[Report on the health of British troops in the Madras command]
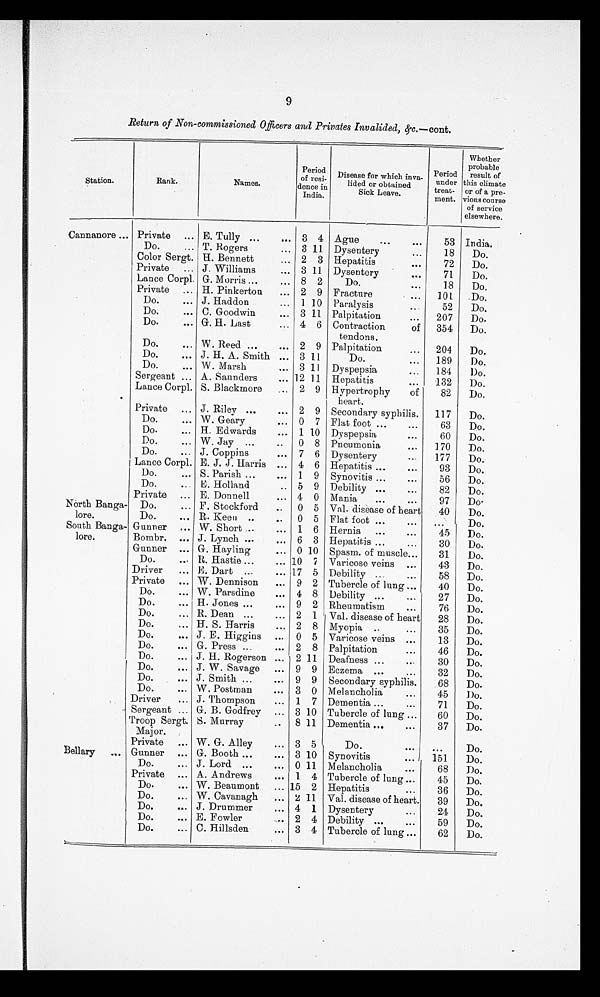
9
Return of Non-commissioned Officers and Privates Invalided, & c.—cont.
Station.
Rank.
Names.
Period
of resi-
dence in
India.
Disease for which inva-
lided or obtained
Sick Leave.
Period
under
treat-
ment.
Whether
probable
result of
this climate
or of a pre-
vious course
of service
elsewhere.
Cannanore ... Private
... E. Tully ...
... 3 4 Ague
. . .
. . .
53 India.
Do.
... T. Rogers
... 3 11
Dysentery
...
18
Do.
Color Sergt. H. Bennett
... 2 3 Hepatitis
. . .
72
Do.
Private
... J. Williams
. . . 3 11 Dysentery
. . .
71
Do.
Lance Corpl. G. Morris . . .
... 8 2
Do.
...
18
Do.
Private
... H. Pinkerton
... 2 9 Fracture
...
101
Do.
Do.
... J. Haddon
...
1 10
Paralysis
. . .
52
Do.
Do.
... C. Goodwin
. . . 3 11 Palpitation
...
207
Do.
Do.
... G. H. Last
... 4 6 Contraction
of
tendons.
354
Do.
Do.
... W. Reed ...
... 2 9 Palpitation
...
204
Do.
Do.
... J. H. A. Smith ... 3 11
Do.
...
189
Do.
Do.
... W. Marsh
...
3 11
Dyspepsia
...
184
Do.
Sergeant ... A. Saunders
... 12 11 Hepatitis
...
132
Do.
Lance Corpl. S. Blackmore
...
2 9 Hypertrophy
of
heart.
82
Do.
Private
... J. Riley ...
... 2 9 Secondary syphilis.
117
Do.
Do.
... W. Geary
...
0 7 Flat foot ...
...
63
Do.
Do.
... H. Edwards
...
1 10 Dyspepsia
. . .
60
Do.
Do.
... W. Jay
...
..
0 8 Pneumonia
...
170
Do.
Do.
... J. Coppins
...
7 6 Dysentery
...
177
Do.
Lance Corpl. E. J. J. Harris ... 4 6 Hepatitis ...
...
93
Do.
Do.
... S. Parish ...
...
1 9
Synovitis ...
. . .
56
Do.
Do.
... E. Holland
.. 5 9 Debility
. . .
...
82
Do.
Private
... E. Donnell
... 4 0 Mania
...
...
97
D o .
North Banga-
lore.
Do.
... F. Stockford
. . 0 5 Val. disease of heart
40
Do.
Do.
... R. Keen ..
..
0 5 Flat foot ...
. . .
. . .
Do.
South Banga-
lore.
Gunner
... W. Short . . .
...
1 6 Hernia
...
. . .
45
Do.
Bombr.
... J. Lynch ...
...
6 3 Hepatitis ...
...
30
Do.
Gunner
... G. Hayling
... 0 10 Spasm. of muscle . . .
31
Do.
Do.
. . . R. Hastie ...
... 10 7 Varicose veins
...
43
Do.
Driver
... E. Dart
...
... 17 5 Debility ...
...
58
Do.
Private
... W. Dennison
...
9 2 Tubercle of lung ...
40
Do.
Do.
... W. Parsdine
. . . 4 8
Debility ...
...
27
Do.
Do.
... H. Jones ...
...
9 2 Rheumatism
. . .
76
Do.
Do.
... R. Dean ...
...
2 1
Val. disease of heart
28
Do.
Do.
... H. S. Harris
... 2 8 Myopia
..
...
35
Do.
Do.
... J. E. Higgins
. . . 0 5 Varicose veins ...
13
Do.
Do.
... G. Press ...
...
2 8 Palpitation
...
46
Do.
Do.
... J. H. Rogerson ...
2 11 Deafness ...
. . .
30
Do.
Do.
... J. W. Savage
... 9 9 Eczema ...
...
32
Do.
Do.
... J. Smith ...
...
9 9
Secondary syphilis.
68
Do.
Do.
... W. Postman
...
3 0 Melancholia
. . .
45
Do.
Driver
... J. Thompson
...
1
7 Dementia ...
. . . . .
71
Do.
Sergeant ... G. B. Godfrey
... 3 10 Tubercle of lung ...
60
Do.
Troop Sergt.
Major.
S. Murray
..
8 11 Dementia ...
. . .
37
Do.
Private
... W. G. Alley
... 3 5
Do.
. . .
. . .
Do.
Bellary
. . . Gunner
... G. Booth ...
... 3 10
Synovitis
. . . 151
Do.
Do.
... J. Lord ...
... 0 11 Melancholia
. . .
68
Do.
Private
... A. Andrews
... 1 4 Tubercle of lung ...
45
Do.
Do.
... W. Beaumont
... 15 2 Hepatitis
. . .
36
Do.
Do.
... W. Cavanagh
... 2 11 Val. disease of heart.
39
Do.
Do.
... J. Drummer
... 4 1 Dysentery
...
24
Do.
Do.
... E. Fowler
. . 2 4 Debility ...
. . .
59
Do.
Do.
... C. Hillsden
... 3 4 Tubercle of lung ...
62
Do.